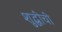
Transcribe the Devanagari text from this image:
शुद्धीची